Report of the Indian Hemp Drugs Commission, 1894-1895 - Volume IV
Year: 1894
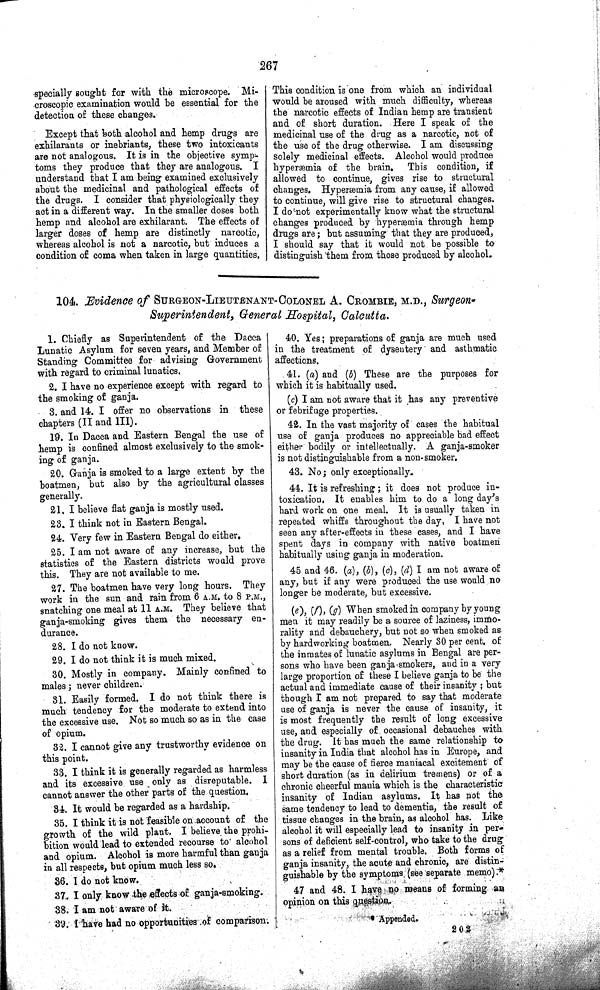
267
specially sought for with the microscope. Mi-
croscopic examination would be essential for the
detection of these changes.
Except that both alcohol and hemp drugs are
exhilarants or inebriants, these two intoxicants
are not analogous. It is in the objective symp-
toms they produce that they are analogous. I
understand that I am being examined exclusively
about the medicinal and pathological effects of
the drugs. I consider that physiologically they
act in a different way. In the smaller doses both
hemp and alcohol are exhilarant. The effects of
larger doses of hemp are distinctly narcotic,
whereas alcohol is not a narcotic, but induces a
condition of coma when taken in large quantities.
This condition is one from which an individual
would be aroused with much difficulty, whereas
the narcotic effects of Indian hemp are transient
and of short duration. Here I speak of the
medicinal use of the drug as a narcotic, not of
the use of the drug otherwise. I am discussing
solely medicinal effects. Alcohol would produce
hyperæmia of the brain. This condition, if
allowed to continue, gives rise to structural
changes. Hyperæmia from any cause, if allowed
to continue, will give rise to structural changes.
I do not experimentally know what the structural
changes produced by hyperæmia through hemp
drugs are; but assuming that they are produced,
I should say that it would not be possible to
distinguish them from those produced by alcohol.
104. Evidence of SURGEON-LIEUTENANT-COLONEL A. CROMBIE, M.D., Surgeon-
Superintendent, General Hospital, Calcutta.
1. Chiefly as Superintendent of the Dacca
Lunatic Asylum for seven years, and Member of
Standing Committee for advising Government
with regard to criminal lunatics.
2. I have no experience except with regard to
the smoking of ganja.
3. and 14. I offer no observations in these
chapters (II and III).
19. In Dacca and Eastern Bengal the use of
hemp is confined almost exclusively to the smok-
ing of ganja.
20. Ganja is smoked to a large extent by the
boatmen, but also by the agricultural classes
generally.
21. I believe flat ganja is mostly used.
23. I think not in Eastern Bengal.
24. Very few in Eastern Bengal do either.
25. I am not aware of any increase, but the
statistics of the Eastern districts would prove
this. They are not available to me.
27. The boatmen have very long hours. They
work in the sun and rain from 6 A.M. to 8 P.M.,
snatching one meal at 11 A.M. They believe that
ganja-smoking gives them the necessary en-
durance.
28. I do not know.
29. I do not think it is much mixed.
30. Mostly in company. Mainly confined to
males; never children.
31. Easily formed. I do not think there is
much tendency for the moderate to extend into
the excessive use. Not so much so as in the case
of opium.
32. I cannot give any trustworthy evidence on
this point.
33. I think it is generally regarded as harmless
and its excessive use only as disreputable. I
cannot answer the other parts of the question.
34. It would be regarded as a hardship.
35. I think it is not feasible on account of the
growth of the wild plant. I believe the prohi-
bition would lead to extended recourse to alcohol
and opium. Alcohol is more harmful than ganja
in all respects, but opium much less so.
36. I do not know.
37. I only know the effects of ganja-smoking.
38. I am not aware of it.
39. I have had no opportunities of comparison.
40. Yes; preparations of ganja are much used
in the treatment of dysentery and asthmatic
affections.
41. (a) and (b) These are the purposes for
which it is habitually used.
(c) I am not aware that it has any preventive
or febrifuge properties.
42. In the vast majority of cases the habitual
use of ganja produces no appreciable bad effect
either bodily or intellectually. A ganja-smoker
is not distinguishable from a non-smoker.
43. No; only exceptionally.
44. It is refreshing; it does not produce in-
toxication. It enables him to do a long day's
hard work on one meal. It is usually taken in
repeated whiffs throughout the day, I have not
seen any after-effects in these cases, and I have
spent days in company with native boatmen
habitually using ganja in moderation.
45 and 46. (a), (b), (c), (d) I am not aware of
any, but if any were produced the use would no
longer be moderate, but excessive.
(e), (f), (g) When smoked in company by young
men it may readily be a source of laziness, immo-
rality and debauchery, but not so when smoked as
by hardworking boatmen. Nearly 30 per cent. of
the inmates of lunatic asylums in Bengal are per-
sons who have been ganja-smokers, and in a very
large proportion of these I believe ganja to be the
actual and immediate cause of their insanity; but
though I am not prepared to say that moderate
use of ganja is never the cause of insanity, it
is most frequently the result of long excessive
use, and especially of occasional debauches with
the drug. It has much the same relationship to
insanity in India that alcohol has in Europe, and
may be the cause of fierce maniacal excitement of
short duration (as in delirium tremens) or of a
chronic cheerful mania which is the characteristic
insanity of Indian asylums. It has not the
same tendency to lead to dementia, the result of
tissue changes in the brain, as alcohol has. Like
alcohol it will especially lead to insanity in per-
sons of deficient self-control, who take to the drug
as a relief from mental trouble. Both forms of
ganja insanity, the acute and chronic, are distin-
guishable by the symptoms (see separate memo).*
47 and 48. I have no means of forming an
opinion on this question.
Appended.
2 0 2